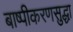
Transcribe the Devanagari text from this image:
बाष्पीकरणसुद्धा